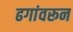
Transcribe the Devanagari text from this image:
ढगांवरून